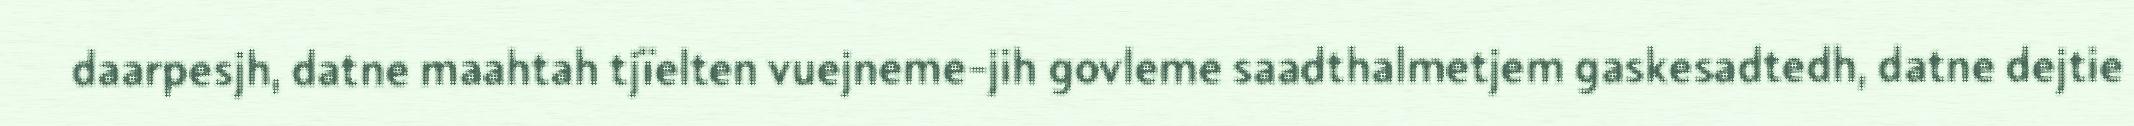
daarpesjh, datne maahtah tjïelten vuejneme-jih govleme saadthalmetjem gaskesadtedh, datne dejtie